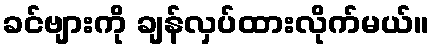
ခင်ဗျားကို ချန်လှပ်ထားလိုက်မယ်။